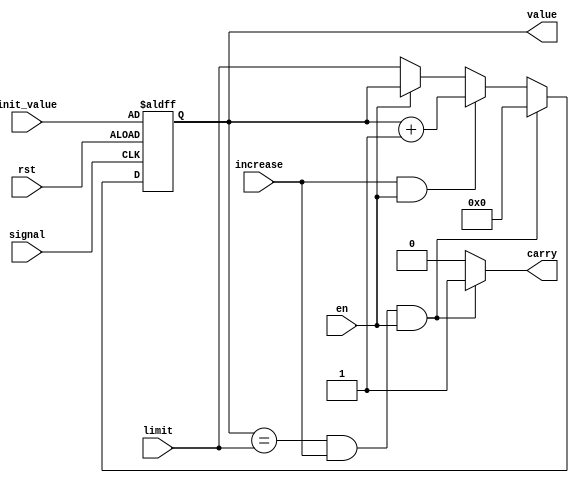
module upcounter(value,carry,signal,rst,increase,init_value,limit,en);
output [3:0] value; // counter value
output carry; // borrow indicator for counter to next stage
input signal; // global clock
input rst; // active high reset
input increase; // decrease input from previous stage of counter
input [3:0] init_value; // initial value for the counter
input [3:0] limit; // limit for the counter
input en; // enable/disable of the counter
reg [3:0] value; // output (in always block)
reg [3:0] value_tmp; // input to dff (in always block)
reg carry; // borrow indicator for counter to next stage

// Combinational logics
always @(value or increase or en or limit)begin
if (value==limit && increase && en)
begin
value_tmp = 4'd0;
carry = 1;
end

else if (increase && en) 
begin
value_tmp = value + 1;
carry = 0;
end

else if (en)
begin
value_tmp = value;
carry = 0;
end

else
begin
value_tmp = limit;
carry = 0;
end

end
// register part for BCD counter
always @(posedge signal or negedge rst) 
if (~rst) 
value <= init_value; 
else 
value <= value_tmp;
endmodule